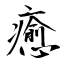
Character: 癒